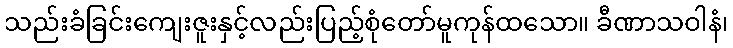
သည်းခံခြင်းကျေးဇူးနှင့်လည်းပြည့်စုံတော်မူကုန်ထသော။ ခီဏာသဝါနံ၊